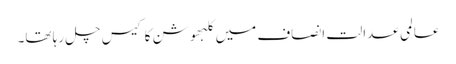
عالمی عدالت انصاف میں کلبھوشن کا کیس چل رہا تھا۔